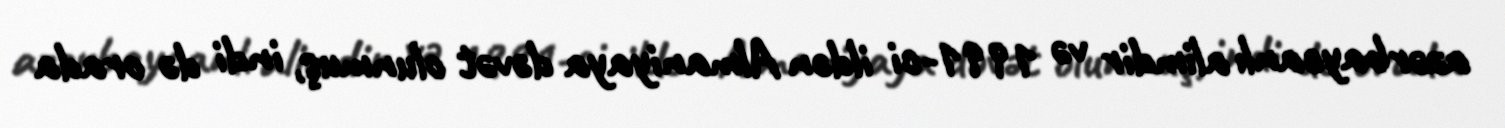
azərbaycanlı alimdir və 1991-ci ildən Almaniyaya dəvət olunmuş, indi də orada